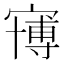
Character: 𱚒